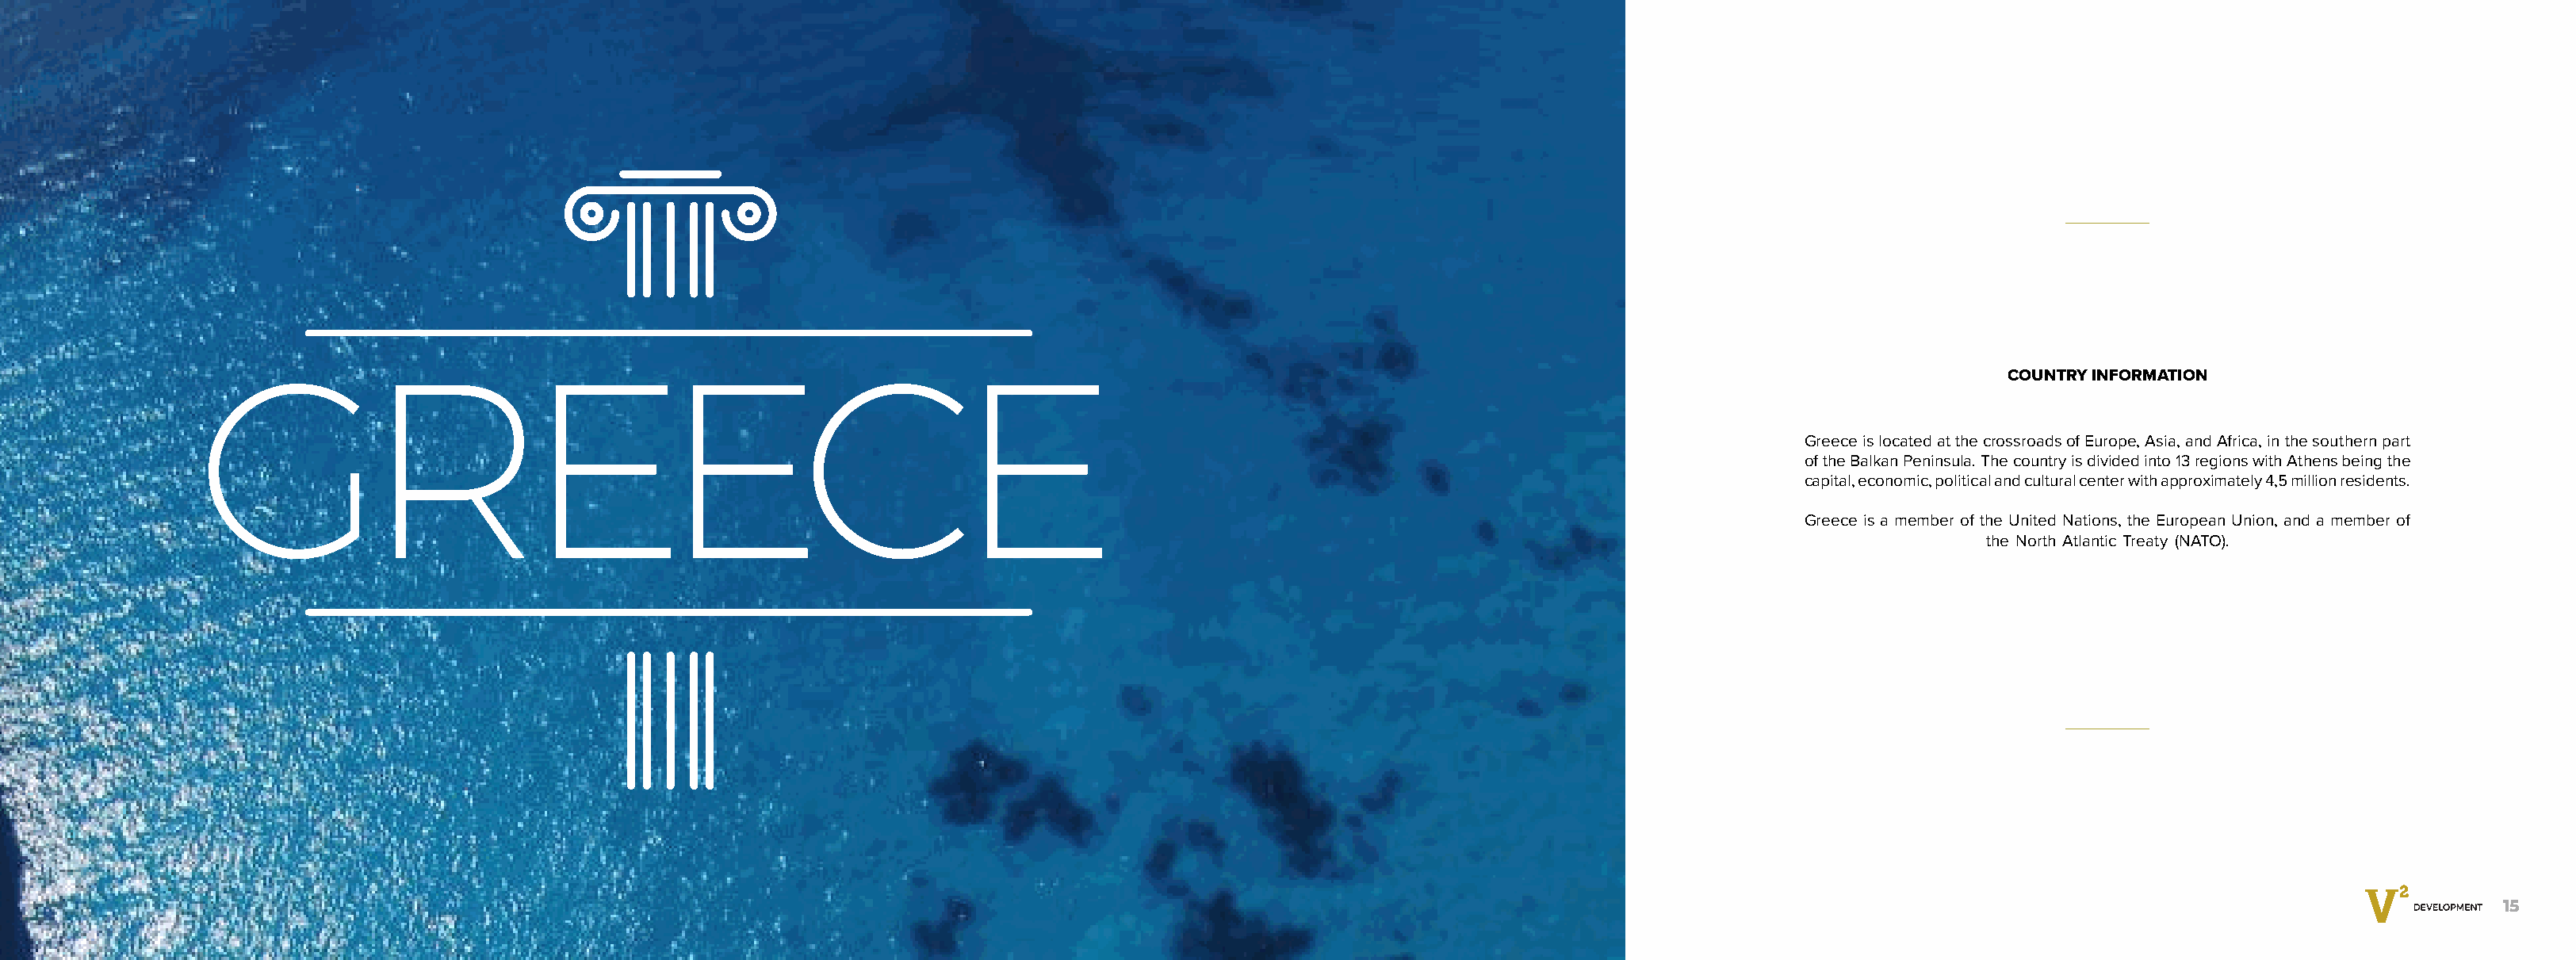
COUNTRY INFORMATION
 Greece is located at the crossroads of Europe, Asia, and Africa, in the southern part
 of the Balkan Peninsula. The country is divided into 13 regions with Athens being the
 capital, economic, political and cultural center with approximately 4,5 million residents.
 Greece is a member of the United Nations, the European Union, and a member of
 the North Atlantic Treaty (NATO).
 14                                                                                                                                                                                                           15